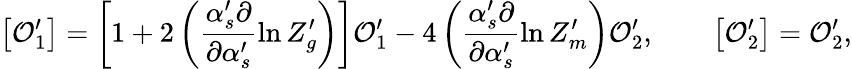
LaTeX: \left[{\cal O}_{1}^{\prime}\right]=\left[1+2\left(\frac{\alpha_{s}^{\prime}\partial}{\partial\alpha_{s}^{\prime}}\ln Z_{g}^{\prime}\right)\right]{\cal O}_{1}^{\prime}-4\left(\frac{\alpha_{s}^{\prime}\partial}{\partial\alpha_{s}^{\prime}}\ln Z_{m}^{\prime}\right){\cal O}_{2}^{\prime},\qquad\left[{\cal O}_{2}^{\prime}\right]={\cal O}_{2}^{\prime},